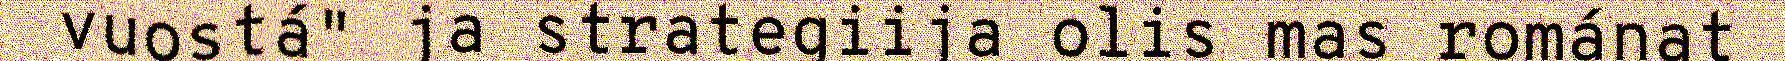
vuostá" ja strategiija olis mas románat